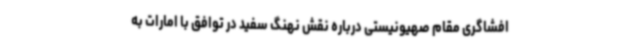
افشاگری مقام صهیونیستی درباره نقش نهنگ سفید در توافق با امارات به